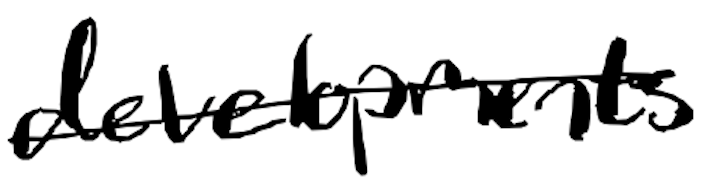
Text: developments
Cross-out: single-line
Writing tool: digital_black